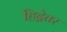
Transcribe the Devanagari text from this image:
हिद्वेतर